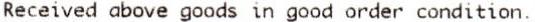
RECEIVED ABOVE GOODS IN GOOD ORDER CONDITION.